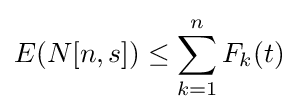
E(N[n,s])\leq \sum _{k=1}^{n}F_{k}(t)